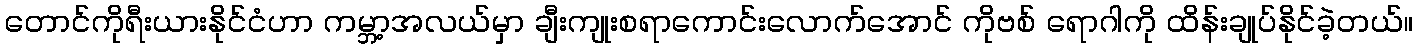
တောင်ကိုရီးယားနိုင်ငံဟာ ကမ္ဘာ့အလယ်မှာ ချီးကျုးစရာကောင်းလောက်အောင် ကိုဗစ် ရောဂါကို ထိန်းချုပ်နိုင်ခဲ့တယ်။